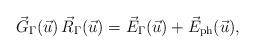
LaTeX: \begin{align*} \vec G_\Gamma(\vec u)\,\vec R_\Gamma(\vec u) =\vec E_\Gamma(\vec u) +\vec E_{\rm ph}(\vec u), \end{align*}